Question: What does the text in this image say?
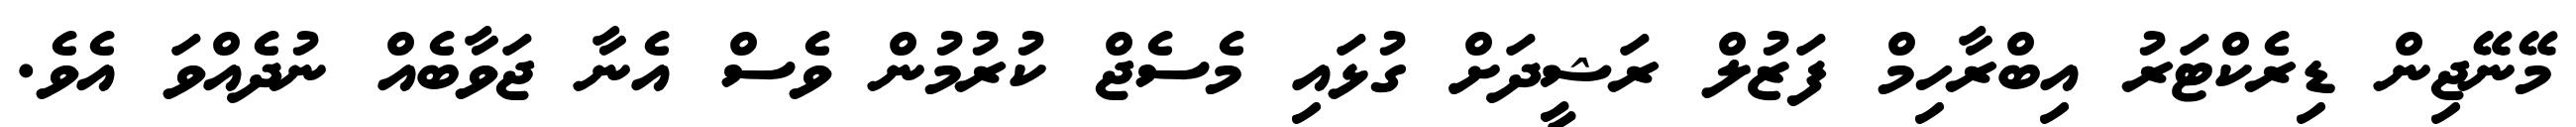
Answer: މޭނޭޖިން ޑިރެކްޓަރު އިބްރާހިމް ފަޒުލް ރަޝީދަށް ގުޅައި މެސެޖް ކުރުމުން ވެސް އެނާ ޖަވާބެއް ނުދެއްވަ އެވެ.